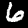
Label: 6